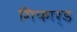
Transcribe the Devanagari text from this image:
गिफार्ड